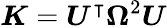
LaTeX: \boldsymbol{K}=\boldsymbol{U}^{\intercal}\boldsymbol{\Omega}^{2}\boldsymbol{U}